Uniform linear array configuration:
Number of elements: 4
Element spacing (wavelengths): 1
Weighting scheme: exponential
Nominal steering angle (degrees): -60
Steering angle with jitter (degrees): -58.052
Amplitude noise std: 0.05
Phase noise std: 0.05

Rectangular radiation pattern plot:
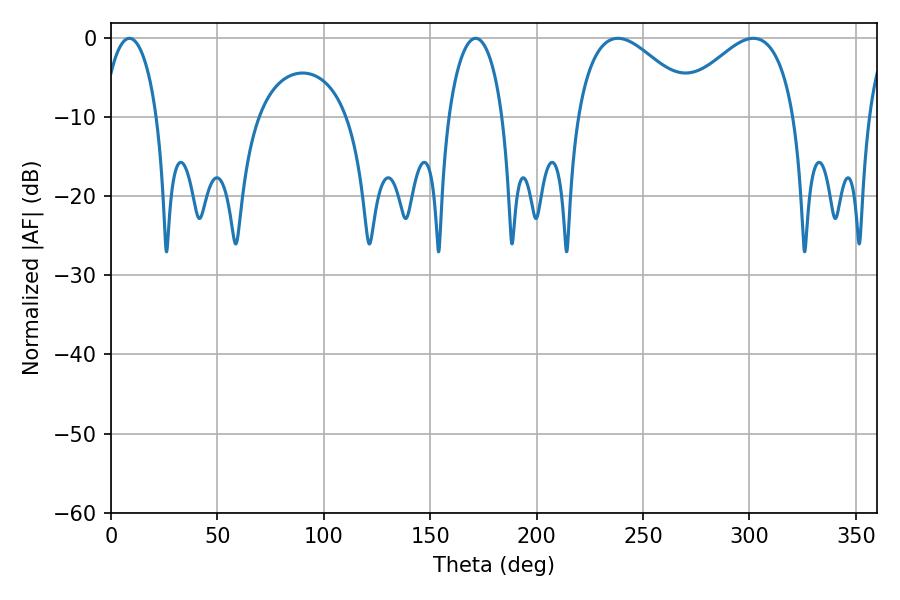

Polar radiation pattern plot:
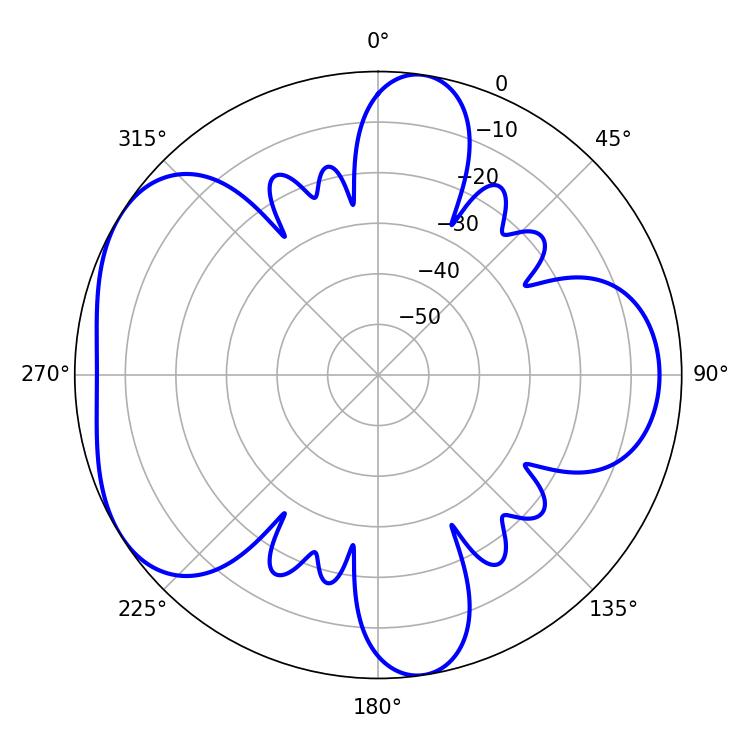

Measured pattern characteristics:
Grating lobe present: TRUE
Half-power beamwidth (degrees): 14.58
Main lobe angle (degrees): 8.64